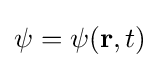
\psi =\psi (\mathbf {r} ,t)